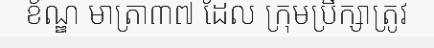
ខ័ណ្ឌ មាត្រា៣៧ ដែល ក្រុមប្រឹក្សាត្រូវ